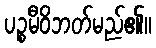
ပဉ္စမီဝိဘတ်မည်၏။